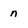
Character: n